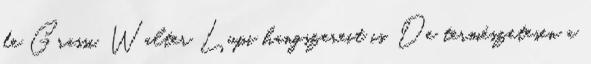
de Grassi, Walter Lupi hangszereit is. De természetesen a